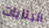
البنايات